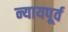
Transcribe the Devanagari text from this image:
न्यायपूर्व